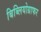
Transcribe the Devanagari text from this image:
बिब्लियोग्राफर